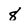
Character: 8